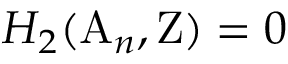
H _ { 2 } ( \mathrm { A } _ { n } , \mathrm { Z } ) = 0